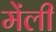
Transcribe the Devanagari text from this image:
मेंली